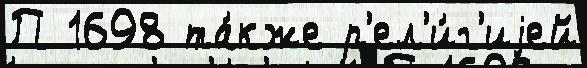
П 1698 та́кже р'ел'и́г'иjей